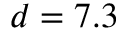
d = 7 . 3